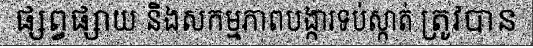
ផ្សព្វផ្សាយ និងសកម្មភាពបង្ការទប់ស្កាត់ ត្រូវបាន